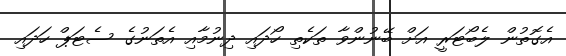
އެގޮތުން ލެބޯޓަރީ އަށް ބޭނުންވާ ތަކެތި ހޯދައި ދިނުމާއި އެތަނުގެ ސެޓަޕް ހަދައި